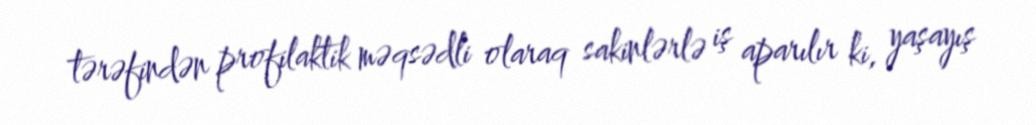
tərəfindən profilaktik məqsədli olaraq sakinlərlə iş aparılır ki, yaşayış